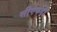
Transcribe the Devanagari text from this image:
सीएफडी